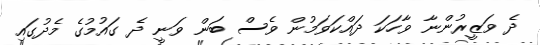
ދެ ވަޒީރުންނާ ވާހަކަ ދައްކަވަމުން ވެސް ބަން ވަނީ ދެ ގައުމުގެ މެދުގައި